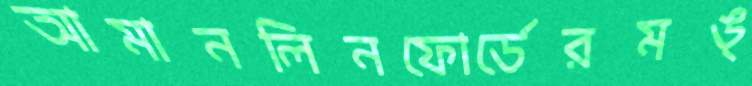
আমানলিনফোর্ডেরমঙ্